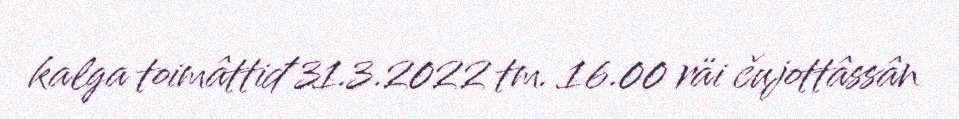
kalga toimâttiđ 31.3.2022 tm. 16.00 räi čujottâssân